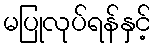
မပြုလုပ်ရန်နှင့်